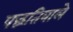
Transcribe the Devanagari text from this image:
पद्धतिवाले